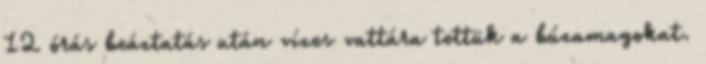
12 órás beáztatás után vízes vattára tettük a búzamagokat.